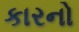
કારનો